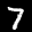
Label: 7